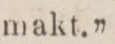
makt.”